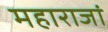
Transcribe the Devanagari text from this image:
महाराजां